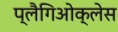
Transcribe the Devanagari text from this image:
प्लैगिओक्लेस